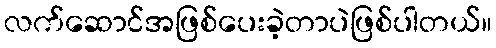
လက်ဆောင်အဖြစ်ပေးခဲ့တာပဲဖြစ်ပါတယ်။